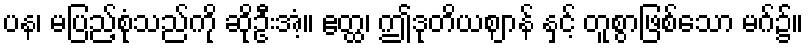
ပန၊ မပြည့်စုံသည်ကို ဆိုဦးအံ့။ ဧတ္ထ၊ ဤဒုတိယဈာန် နှင့် တူစွာဖြစ်သော မဂ်၌။